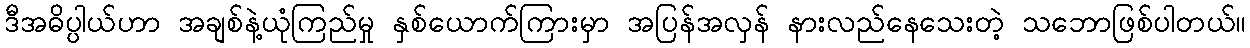
ဒီအဓိပ္ပါယ်ဟာ အချစ်နဲ့ယုံကြည်မှု နှစ်ယောက်ကြားမှာ အပြန်အလှန် နားလည်နေသေးတဲ့ သဘောဖြစ်ပါတယ်။